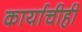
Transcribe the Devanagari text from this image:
कार्याचीही